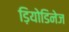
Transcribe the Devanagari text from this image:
ड़ियोडिनेज